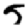
Digit: 5